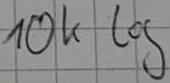
Text: 10k log